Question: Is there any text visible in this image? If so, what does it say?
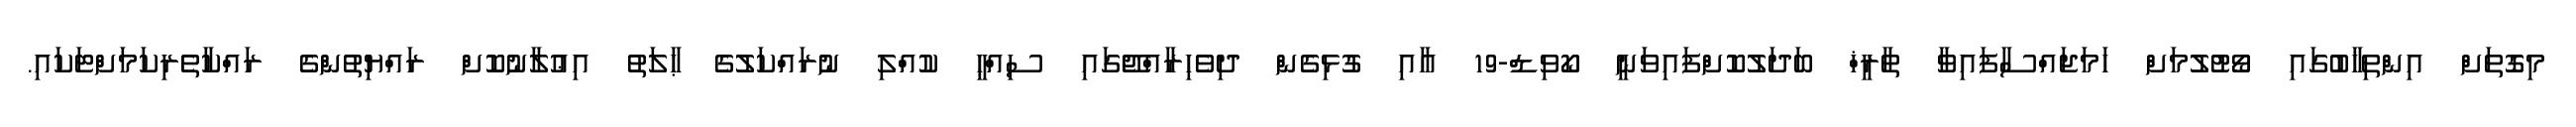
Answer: މިގޮތަށް އިންތިޚާބުގައި ވޯޓުލުމަށް ހަމަޖައްސާފައިވާ ތާރީޚް ބަދަލުކޮށްފައިވަނީ ކޯވިޑް-19 އާއި ގުޅިގެން ދިވެހިރާއްޖޭގައި ސިއްޙީ ކުއްލި ނުރައްކަލުގެ ޙާލަތު އިޢުލާނުކޮށް ރައްޔިތުންގެ ރައްކާތެރިކަމަށްޓަކައި.